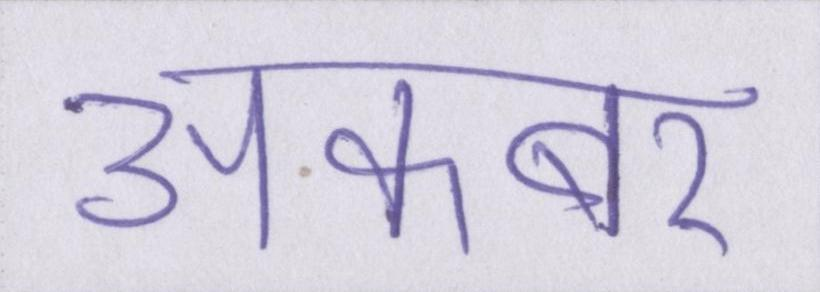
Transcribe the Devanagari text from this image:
अकबर